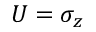
U = \sigma _ { z }